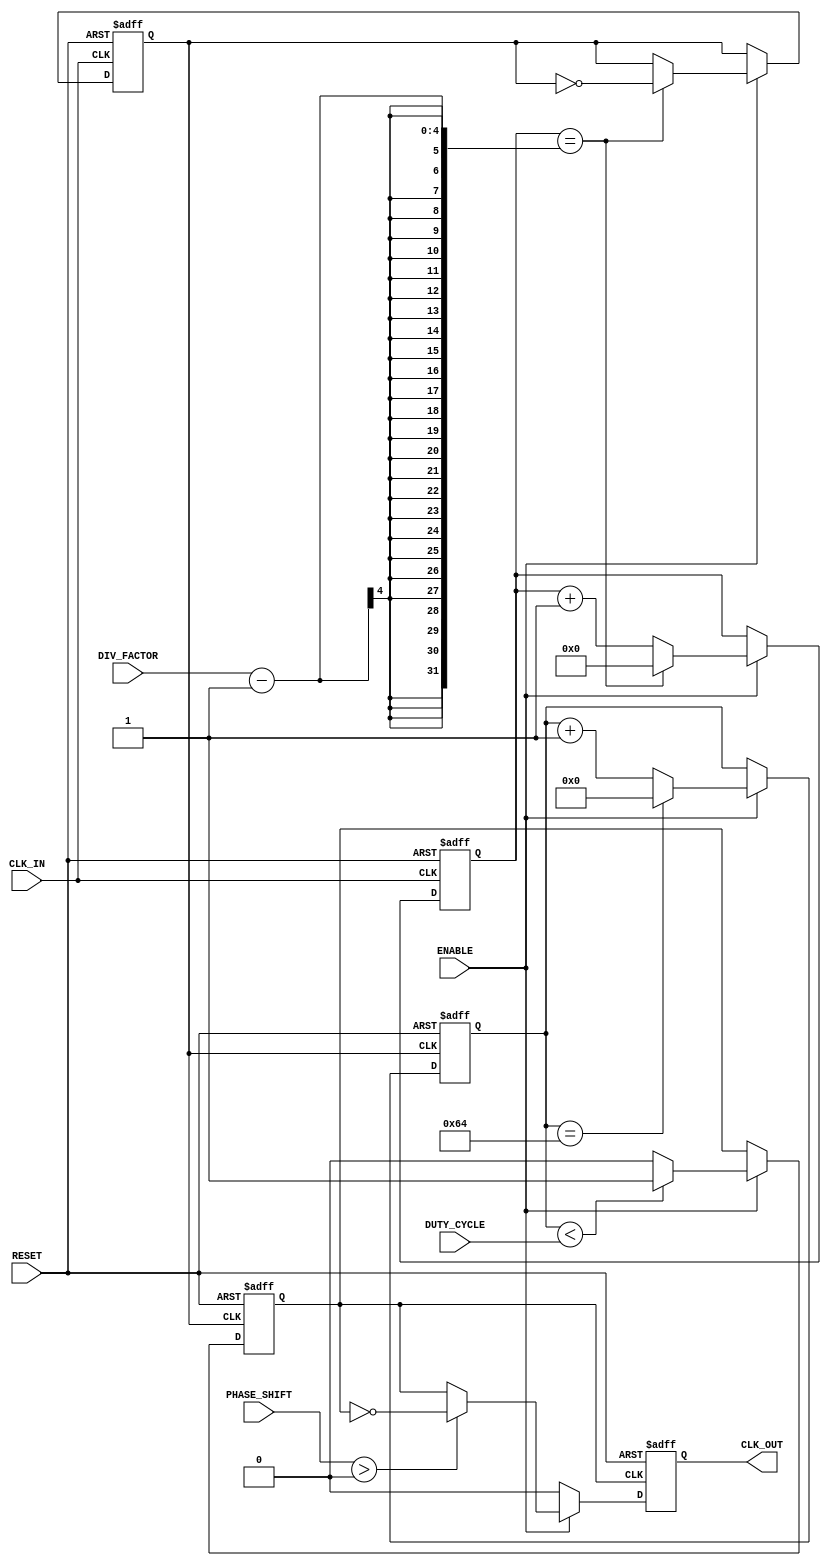
module ProgrammableClockBuffer (
    input wire CLK_IN,              // Primary clock input
    input wire [3:0] DIV_FACTOR,    // Programmable division factor
    input wire [3:0] PHASE_SHIFT,    // Programmable phase shift
    input wire [3:0] DUTY_CYCLE,     // Programmable duty cycle (in percentage)
    input wire ENABLE,               // Enable signal
    input wire RESET,                // Reset signal
    output reg CLK_OUT               // Generated output clock
);

// Internal signals
reg [3:0] counter;                  // Counter for clock division
reg clk_div;                        // Divided clock signal
reg [7:0] duty_cycle_count;        // Counter for duty cycle modulation
reg clk_duty_cycle;                // Clock after duty cycle modulation

// Clock Divider
always @(posedge CLK_IN or posedge RESET) begin
    if (RESET) begin
        counter <= 0;
        clk_div <= 0;
    end else if (ENABLE) begin
        if (counter == DIV_FACTOR - 1) begin
            clk_div <= ~clk_div;      // Toggle divided clock
            counter <= 0;             // Reset counter
        end else begin
            counter <= counter + 1;   // Increment counter
        end
    end
end

// Duty Cycle Modulator
always @(posedge clk_div or posedge RESET) begin
    if (RESET) begin
        duty_cycle_count <= 0;
        clk_duty_cycle <= 0;
    end else if (ENABLE) begin
        if (duty_cycle_count < DUTY_CYCLE) begin
            clk_duty_cycle <= 1;      // Set high for duty cycle
        end else begin
            clk_duty_cycle <= 0;      // Set low
        end
        
        if (duty_cycle_count == 100) begin
            duty_cycle_count <= 0;     // Reset duty cycle counter
        end else begin
            duty_cycle_count <= duty_cycle_count + 1; // Increment counter
        end
    end
end

// Phase Adjustment (simple implementation for demonstration)
always @(posedge clk_duty_cycle or posedge RESET) begin
    if (RESET) begin
        CLK_OUT <= 0;                // Reset output clock
    end else if (ENABLE) begin
        if (PHASE_SHIFT > 0) begin
            // Simple phase shift implementation
            CLK_OUT <= ~clk_duty_cycle; // Invert for phase shift
        end else begin
            CLK_OUT <= clk_duty_cycle; // No phase shift
        end
    end else begin
        CLK_OUT <= 0;                  // Disable output clock
    end
end

endmodule